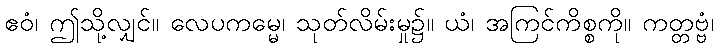
ဧဝံ၊ ဤသို့လျှင်။ လေပကမ္မေ၊ သုတ်လိမ်းမှု၌။ ယံ၊ အကြင်ကိစ္စကို။ ကတ္တဗ္ဗံ၊